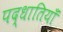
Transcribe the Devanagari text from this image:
पद्धातियाँ